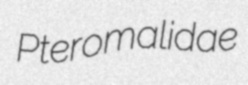
Pteromalidae